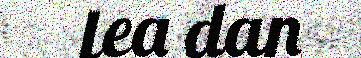
lea dan